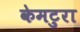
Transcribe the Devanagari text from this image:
केमटुरा